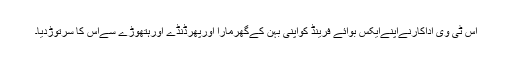
اس ٹی وی اداکارنےاپنےایکس بوائے فرینڈ کواپنی بہن کےگھرمارا اورپھرڈنڈے اورہتھوڑے سےاس کا سرتوڑدیا۔